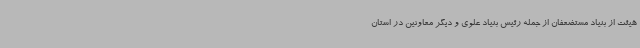
هیئت از بنیاد مستضعفان از جمله رئیس بنیاد علوی و دیگر معاونین در استان